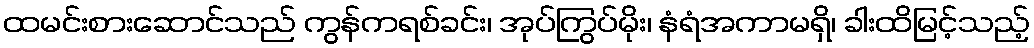
ထမင်းစားဆောင်သည် ကွန်ကရစ်ခင်း၊ အုပ်ကြွပ်မိုး၊ နံရံအကာမရှိ၊ ခါးထိမြင့်သည့်